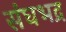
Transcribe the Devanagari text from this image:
संघभद्र